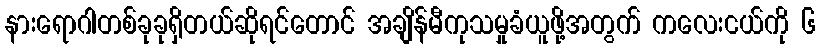
နားရောဂါတစ်ခုခုရှိတယ်ဆိုရင်တောင် အချိန်မီကုသမှုခံယူဖို့အတွက် ကလေးငယ်ကို ၆